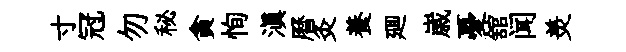
寸冠勿秘貪恂滇曆灸養廽𡻕憂舘闻羙